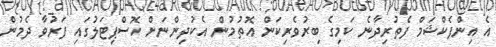
އެ އިންފެކްޝަމް ފެތުރިދާނެ ކަމިގެ ބިރުވެރިކަން އޮތުމުން އެކުދިންނަށް ހޮސްޕިޓަލުގައި ފަރުވާ ދެމުން